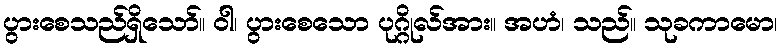
ပွားစေသည်ရှိသော်။ ဝါ၊ ပွားစေသော ပုဂ္ဂိုလ်အား။ အဟံ၊ သည်။ သုခကာမော၊